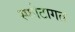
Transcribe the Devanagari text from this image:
स्फोटागत